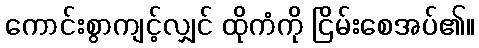
ကောင်းစွာကျင့်လျှင် ထိုကံကို ငြိမ်းစေအပ်၏။